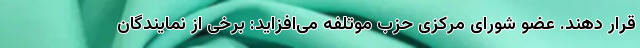
قرار دهند. عضو شورای مرکزی حزب موتلفه می‌افزاید: برخی از نمایندگان